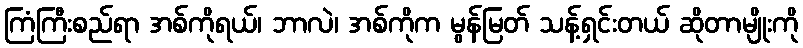
ကြံကြီးစည်ရာ အစ်ကိုရယ်၊ ဘာလဲ၊ အစ်ကိုက မွန်မြတ် သန့်ရှင်းတယ် ဆိုတာမျိုးကို